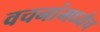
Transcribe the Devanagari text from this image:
वचनांमध्येच